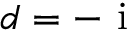
d = - \mathrm { ~ i ~ }